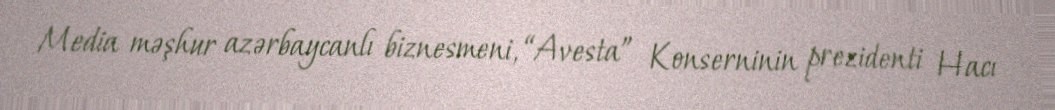
Media məşhur azərbaycanlı biznesmeni, “Avesta” Konserninin prezidenti Hacı